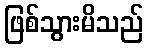
ဖြစ်သွားမိသည်